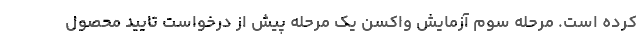
کرده است. مرحله سوم آزمایش واکسن یک مرحله پیش از درخواست تایید محصول